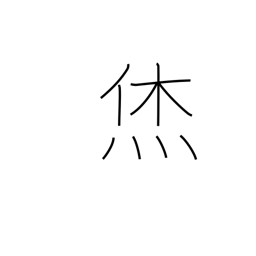
Meaning: fortunate